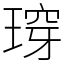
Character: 瑏